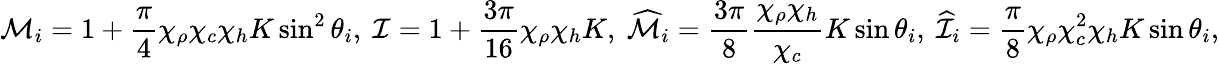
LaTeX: \mathcal{M}_{i}=1+\frac{\pi}{4}\chi_{\rho}\chi_{c}\chi_{h}K\sin^{2}\theta_{i},~\mathcal{I}=1+\frac{3\pi}{16}\chi_{\rho}\chi_{h}K,~\widehat{\mathcal{M}}_{i}=\frac{3\pi}{8}\frac{\chi_{\rho}\chi_{h}}{\chi_{c}}K\sin\theta_{i},~\widehat{\mathcal{I}}_{i}=\frac{\pi}{8}\chi_{\rho}\chi_{c}^{2}\chi_{h}K\sin\theta_{i},